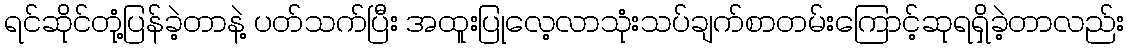
ရင်ဆိုင်တုံ့ပြန်ခဲ့တာနဲ့ ပတ်သက်ပြီး အထူးပြုလေ့လာသုံးသပ်ချက်စာတမ်းကြောင့်ဆုရရှိခဲ့တာလည်း